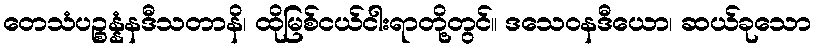
တေသံပဉ္စန္နံနဒီသတာနိ၊ ထိုမြစ်ငယ်ငါးရာတို့တွင်။ ဒသေဝနဒီယော၊ ဆယ်ခုသော